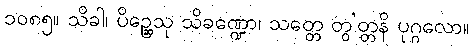
၁၀၈၅။ သိခါ၊ ပိဉ္ဆေသု သိခဏ္ဍော၊ သတ္တေ တွ’တ္တနိ ပုဂ္ဂလော။